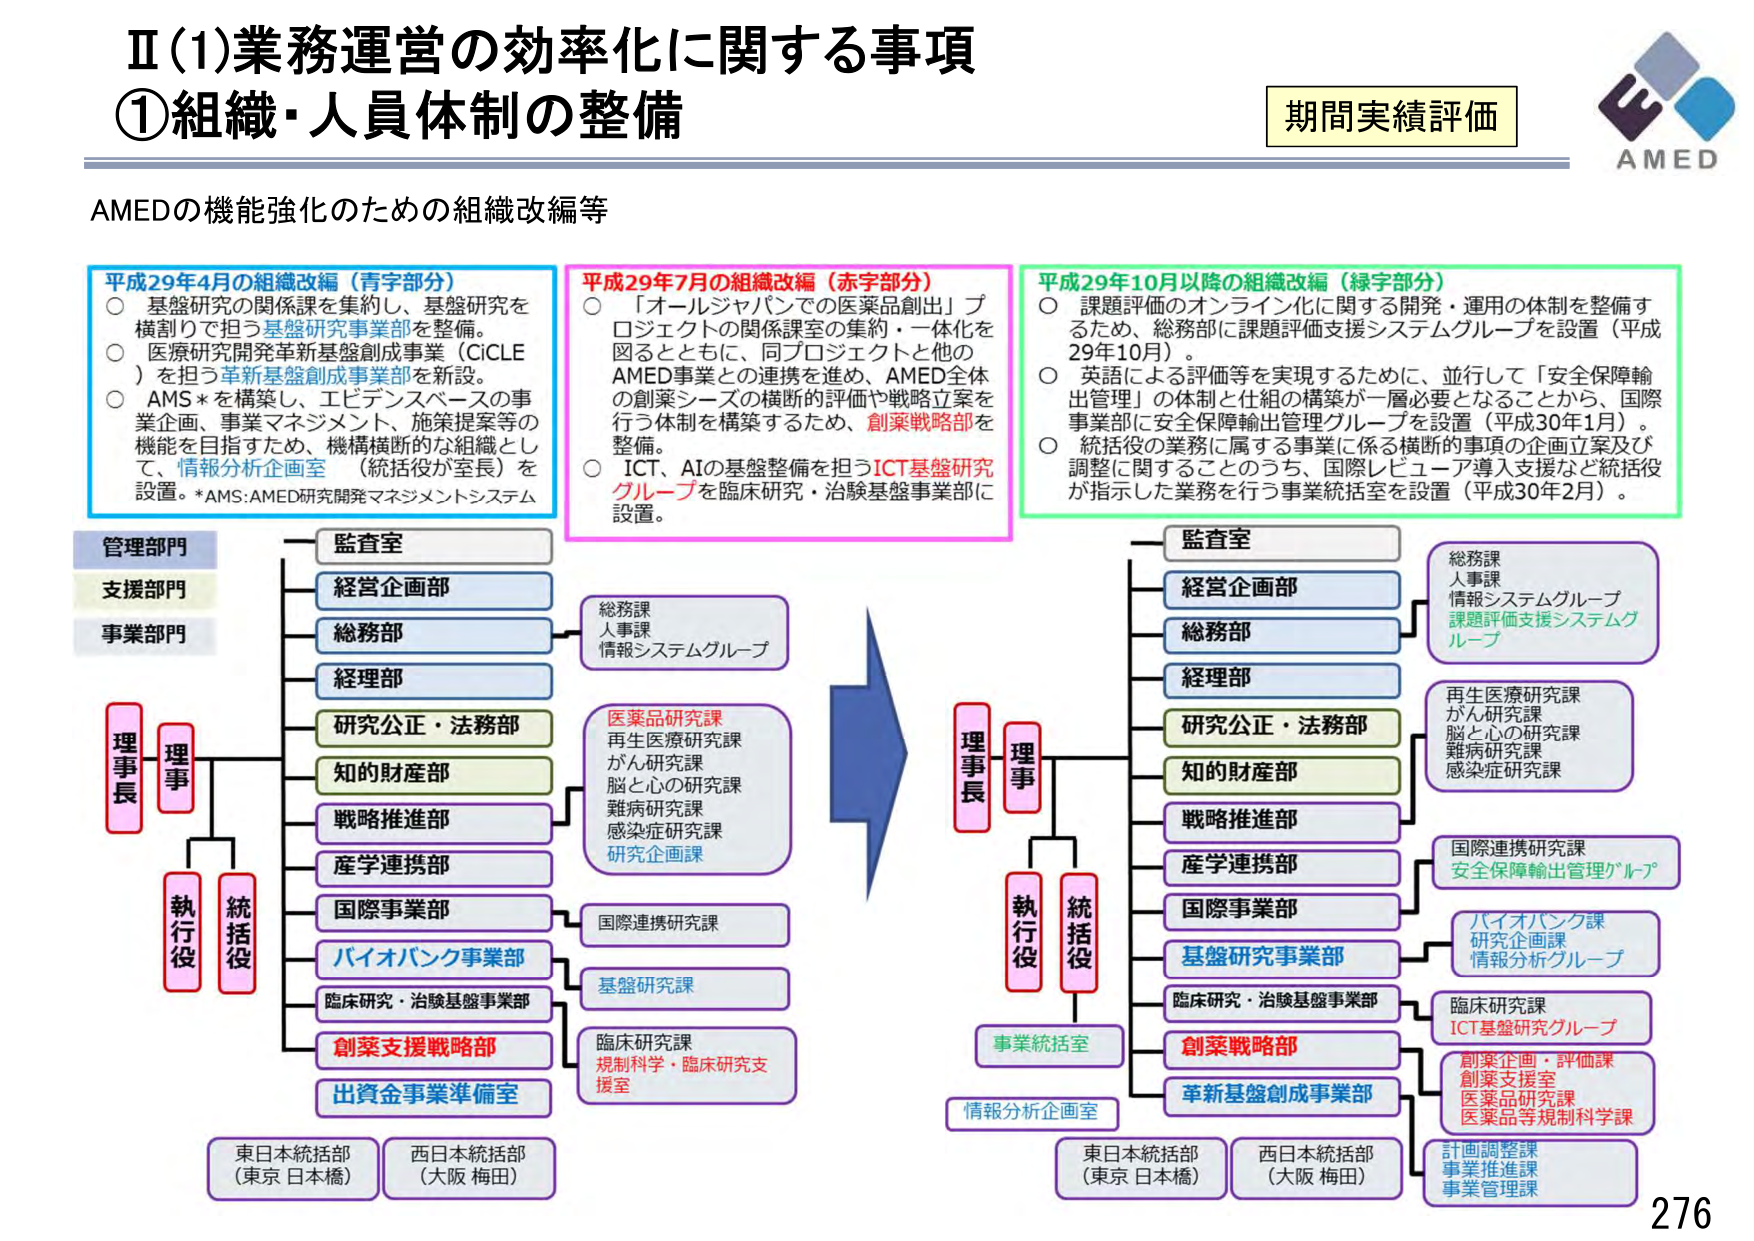
Ⅱ(1)業務運営の効率化に関する事項
①組織・人員体制の整備

期間実績評価
AMED

AMEDの機能強化のための組織改編等

平成29年4月の組織改編（青字部分）
○ 基盤研究の関係課を集約し、基盤研究を横割りで担う基盤研究事業部を整備。
○ 医療研究開発革新基盤創成事業（CiCLE）を担う革新基盤創成事業部を新設。
○ AMS*を構築し、エビデンスベースの事業企画、事業マネジメント、施策提案等の機能を目指すため、機構横断的な組織として、情報分析企画室（統括役が室長）を設置。*AMS:AMED研究開発マネジメントシステム

平成29年7月の組織改編（赤字部分）
○ 「オールジャパンでの医薬品創出」プロジェクトの関係課室の集約・一体化を図るとともに、同プロジェクトと他のAMED事業との連携を進め、AMED全体の創業シーズの横断的評価や戦略立案を行う体制を構築するため、創業戦略部を整備。
○ ICT、AIの基盤整備を担うICT基盤研究グループを臨床研究・治験基盤事業部に設置。

平成29年10月以降の組織改編（緑字部分）
○ 課題評価のオンライン化に関する開発・運用の体制を整備するため、総務部に課題評価支援システムグループを設置（平成29年10月）。
○ 英語による評価等を実現するために、並行して「安全保障輸出管理」の体制と仕組の構築が一層必要となることから、国際事業部に安全保障輸出管理グループを設置（平成30年1月）。
○ 統括役の業務に属する事業に係る横断的事項の企画立案及び調整に当たることのうち、国際レビュー導入支援など統括役が指示した業務を行う事業統括室を設置（平成30年2月）。

管理部門
支援部門
事業部門

監査室
経営企画部
総務部
経理部
研究公正・法務部
知的財産部
戦略推進部
産学連携部
国際事業部
バイオバンク事業部
臨床研究・治験基盤事業部
創業支援戦略部
出資金事業準備室

理事
理事
執行役
統括役

東日本統括部（東京 日本橋）
西日本統括部（大阪 梅田）

総務課
人事課
情報システムグループ

医薬品研究課
再生医療研究課
がん研究課
脳と心の研究課
難病研究課
感染症研究課
研究企画課

国際連携研究課
基盤研究課
臨床研究課
規制科学・臨床研究支援室

監査室
経営企画部
総務部
経理部
研究公正・法務部
知的財産部
戦略推進部
産学連携部
国際事業部
基盤研究事業部
臨床研究・治験基盤事業部
創業戦略部
革新基盤創成事業部

理事
理事
執行役
統括役

事業統括室
情報分析企画室

東日本統括部（東京 日本橋）
西日本統括部（大阪 梅田）

総務課
人事課
情報システムグループ
課題評価支援システムグループ

再生医療研究課
がん研究課
脳と心の研究課
難病研究課
感染症研究課

国際連携研究課
安全保障輸出管理グループ

バイオバンク課
研究企画課
情報分析グループ

臨床研究課
ICT基盤研究グループ

創業企画・評価課
創業支援室
医薬品研究課
医薬品等規制科学課

計画調整課
事業推進課
事業管理課

276